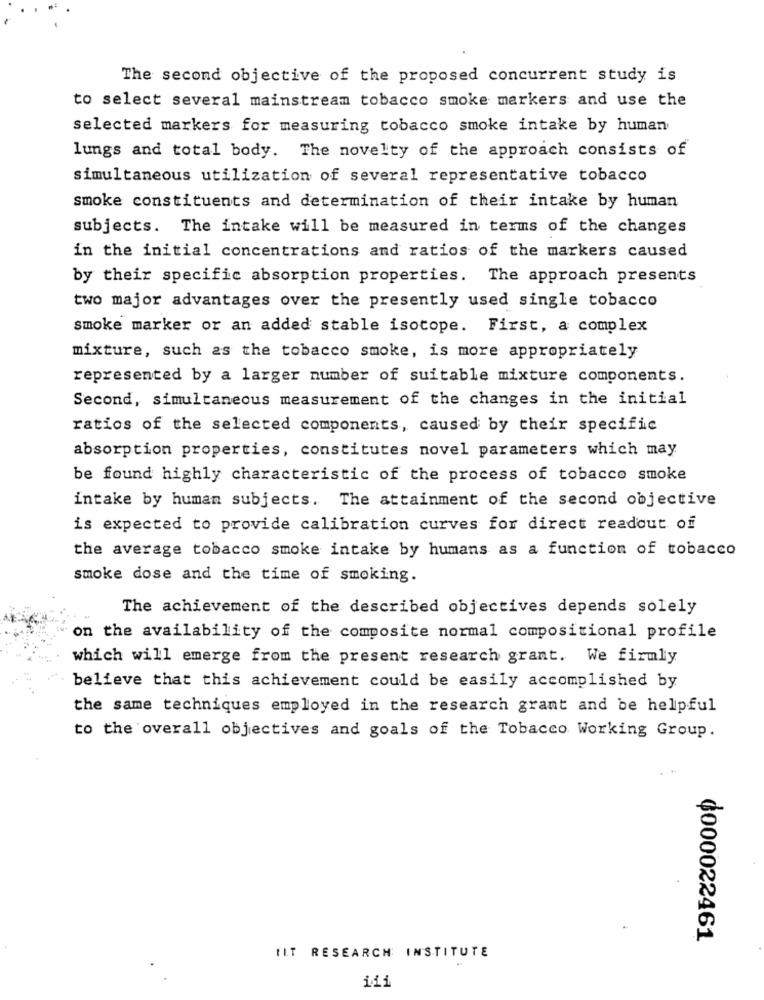
The second objective of the proposed concurrent study is
to select several mainstream tobacco smoke markers and use the
selected markers for measuring tobacco smoke intake by human
lungs and total body. The novelty of the approach consists of
simultaneous utilization of several representative tobacco
smoke constituents and determination of their intake by human
subjects. The intake will be measured in terms of the changes
in the initial concentrations and ratios of the markers caused
by their specific absorption properties. The approach presents
two major advantages over the presently used single tobacco
smoke marker or an added stable isotope. First, a complex
mixture, such as the tobacco smoke, is more appropriately
represented by a larger number of suitable mixture components.
Second, simultaneous measurement of the changes in the initial
ratios of the selected components, caused by their specific
absorption properties, constitutes novel parameters which may
be found highly characteristic of the process of tobacco smoke
intake by human subjects. The attainment of the second objective
is expected to provide calibration curves for direct readout of
the average tobacco smoke intake by humans as a function of tobacco
smoke dose and the time of smoking.
The achievement of the described objectives depends solely
on the availability of the composite normal compositional profile
which will emerge from the present research grant. We firmly
believe that this achievement could be easily accomplished by
the same techniques employed in the research grant and be helpful
to the overall objectives and goals of the Tobacco Working Group.
.
0000022461
ILT RESEARCH INSTITUTE
iii